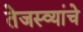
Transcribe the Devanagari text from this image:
तेजस्व्यांचे